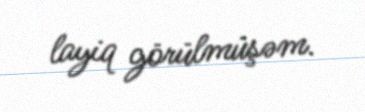
layiq görülmüşəm.